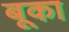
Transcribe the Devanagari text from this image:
बूका